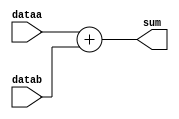
module adder(
input [15:0]dataa,datab,
output  reg[15:0]sum
);


always@*
begin
sum=dataa+datab;
end
endmodule